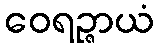
ဝေရဉ္ဇာယံ